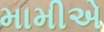
મામીએ